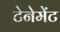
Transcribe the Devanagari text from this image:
टेनेमेंट